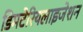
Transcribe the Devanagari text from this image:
डिमटेरियलाइजेशन